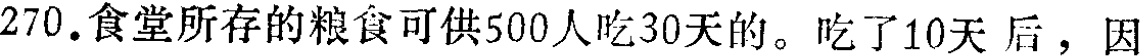
270.食堂所存的粮食可供500人吃30天的。吃了10天 后，因